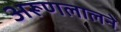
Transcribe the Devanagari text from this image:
अरूणलालने